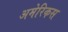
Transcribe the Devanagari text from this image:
अमेरिकस